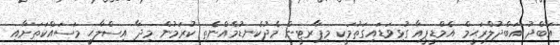
އަބްދު އަބްދުލްރަޙީމް އެމްޑީޕީއާ ގުޅިވަޑައިގަތުމަކީ މިޕާރޓީން މެދުކެނޑުމެއްނެތި ކުރަމުން މިދާ އިސްލާޙީ މަސައްކަތަށާއި